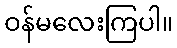
ဝန်မလေးကြပါ။